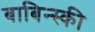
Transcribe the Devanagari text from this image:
बाबिन्स्की